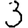
Digit: 3